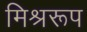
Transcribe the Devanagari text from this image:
मिश्ररूप